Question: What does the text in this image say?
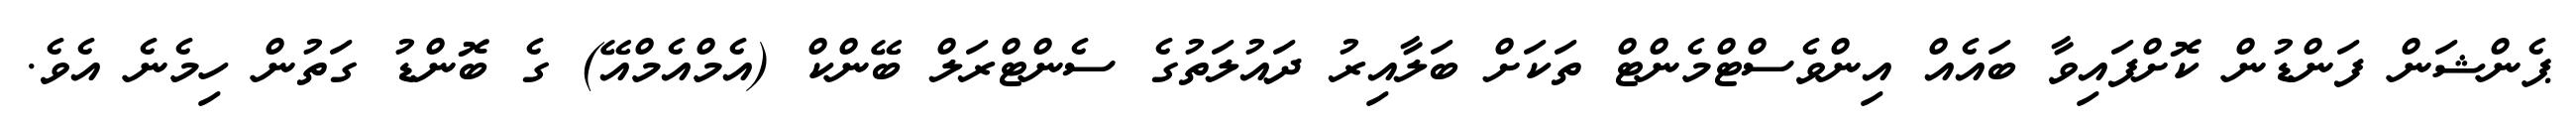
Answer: ޕެންޝަން ފަންޑުން ކޮށްފައިވާ ބައެއް އިންވެސްޓްމެންޓް ތަކަށް ބަލާއިރު ދައުލަތުގެ ސެންޓްރަލް ބޭންކް (އެމްއެމްއޭ) ގެ ބޮންޑު ގަތުން ހިމެނެ އެވެ.